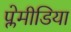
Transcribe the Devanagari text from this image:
प्लेमीडिया